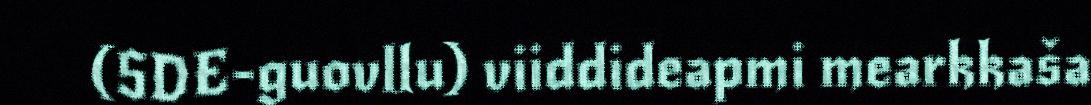
(SDE-guovllu) viiddideapmi mearkkaša